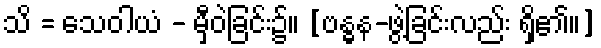
သိ = သေဝါယံ - မှီဝဲခြင်း၌။ [ဗန္ဓန-ဖွဲ့ခြင်းလည်း ရှိ၏။]